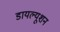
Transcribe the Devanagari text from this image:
डायल्यूशन